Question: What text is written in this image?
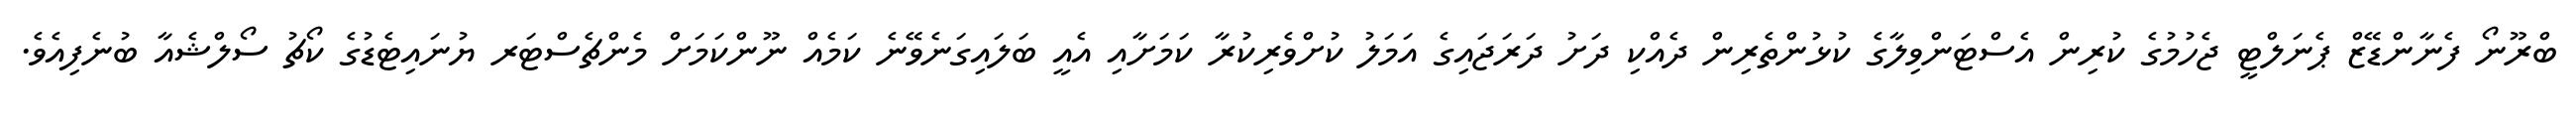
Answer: ބްރޫނޯ ފެނާންޑޭޒް ޕެނަލްޓީ ޖެހުމުގެ ކުރިން އެސްޓަންވިލާގެ ކުޅުންތެރިން ދެއްކި ދަށު ދަރަޖައިގެ އަމަލު ކުށްވެރިކުރާ ކަމަށާއި އެއީ ބަލައިގަނެވޭނެ ކަމެއް ނޫންކަމަށް މެންޗެސްޓަރ ޔުނައިޓެޑުގެ ކޯޗު ސޯލްޝެއާ ބުނެފިއެވެ.